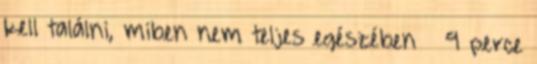
kell találni, miben nem teljes egészében 9 perce